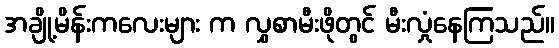
အချို့မိန်းကလေးများ က လွှစာမီးဖိုတွင် မီးလှုံနေကြသည်။